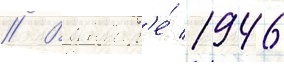
// В январ'е́ 1946